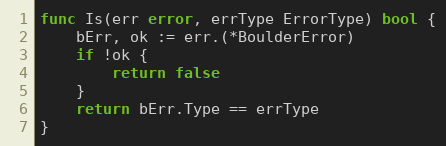
Language: Go
func Is(err error, errType ErrorType) bool {
	bErr, ok := err.(*BoulderError)
	if !ok {
		return false
	}
	return bErr.Type == errType
}